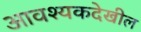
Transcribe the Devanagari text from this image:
आवश्यकदेखील